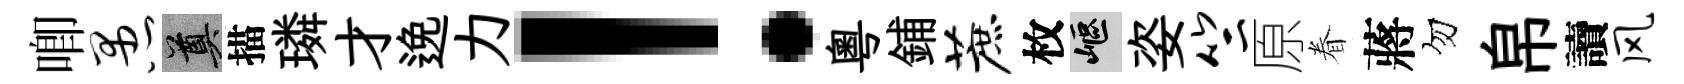
唧愚奠描璘才𨓜力！粵鋪蔗枚嶇姿竺原眷蔣勿帛讀风